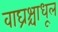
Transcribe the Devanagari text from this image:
वाघ्रश्चाधूल